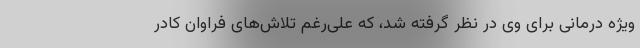
ویژه درمانی برای وی در نظر گرفته شد، که علی‌رغم تلاش‌های فراوان کادر